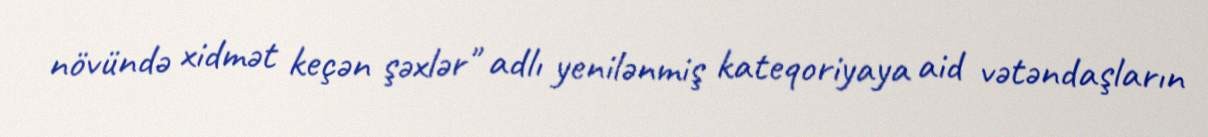
növündə xidmət keçən şəxlər" adlı yenilənmiş kateqoriyaya aid vətəndaşların